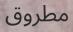
مطروق